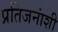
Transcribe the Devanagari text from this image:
प्रतिजनांशी